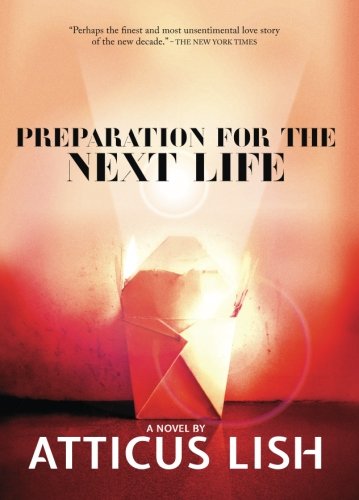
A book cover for Preparation for the Next Life; Atticus Lish; Literature & Fiction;